Vabadussoja_Ajaloo_Komitee, lk 15
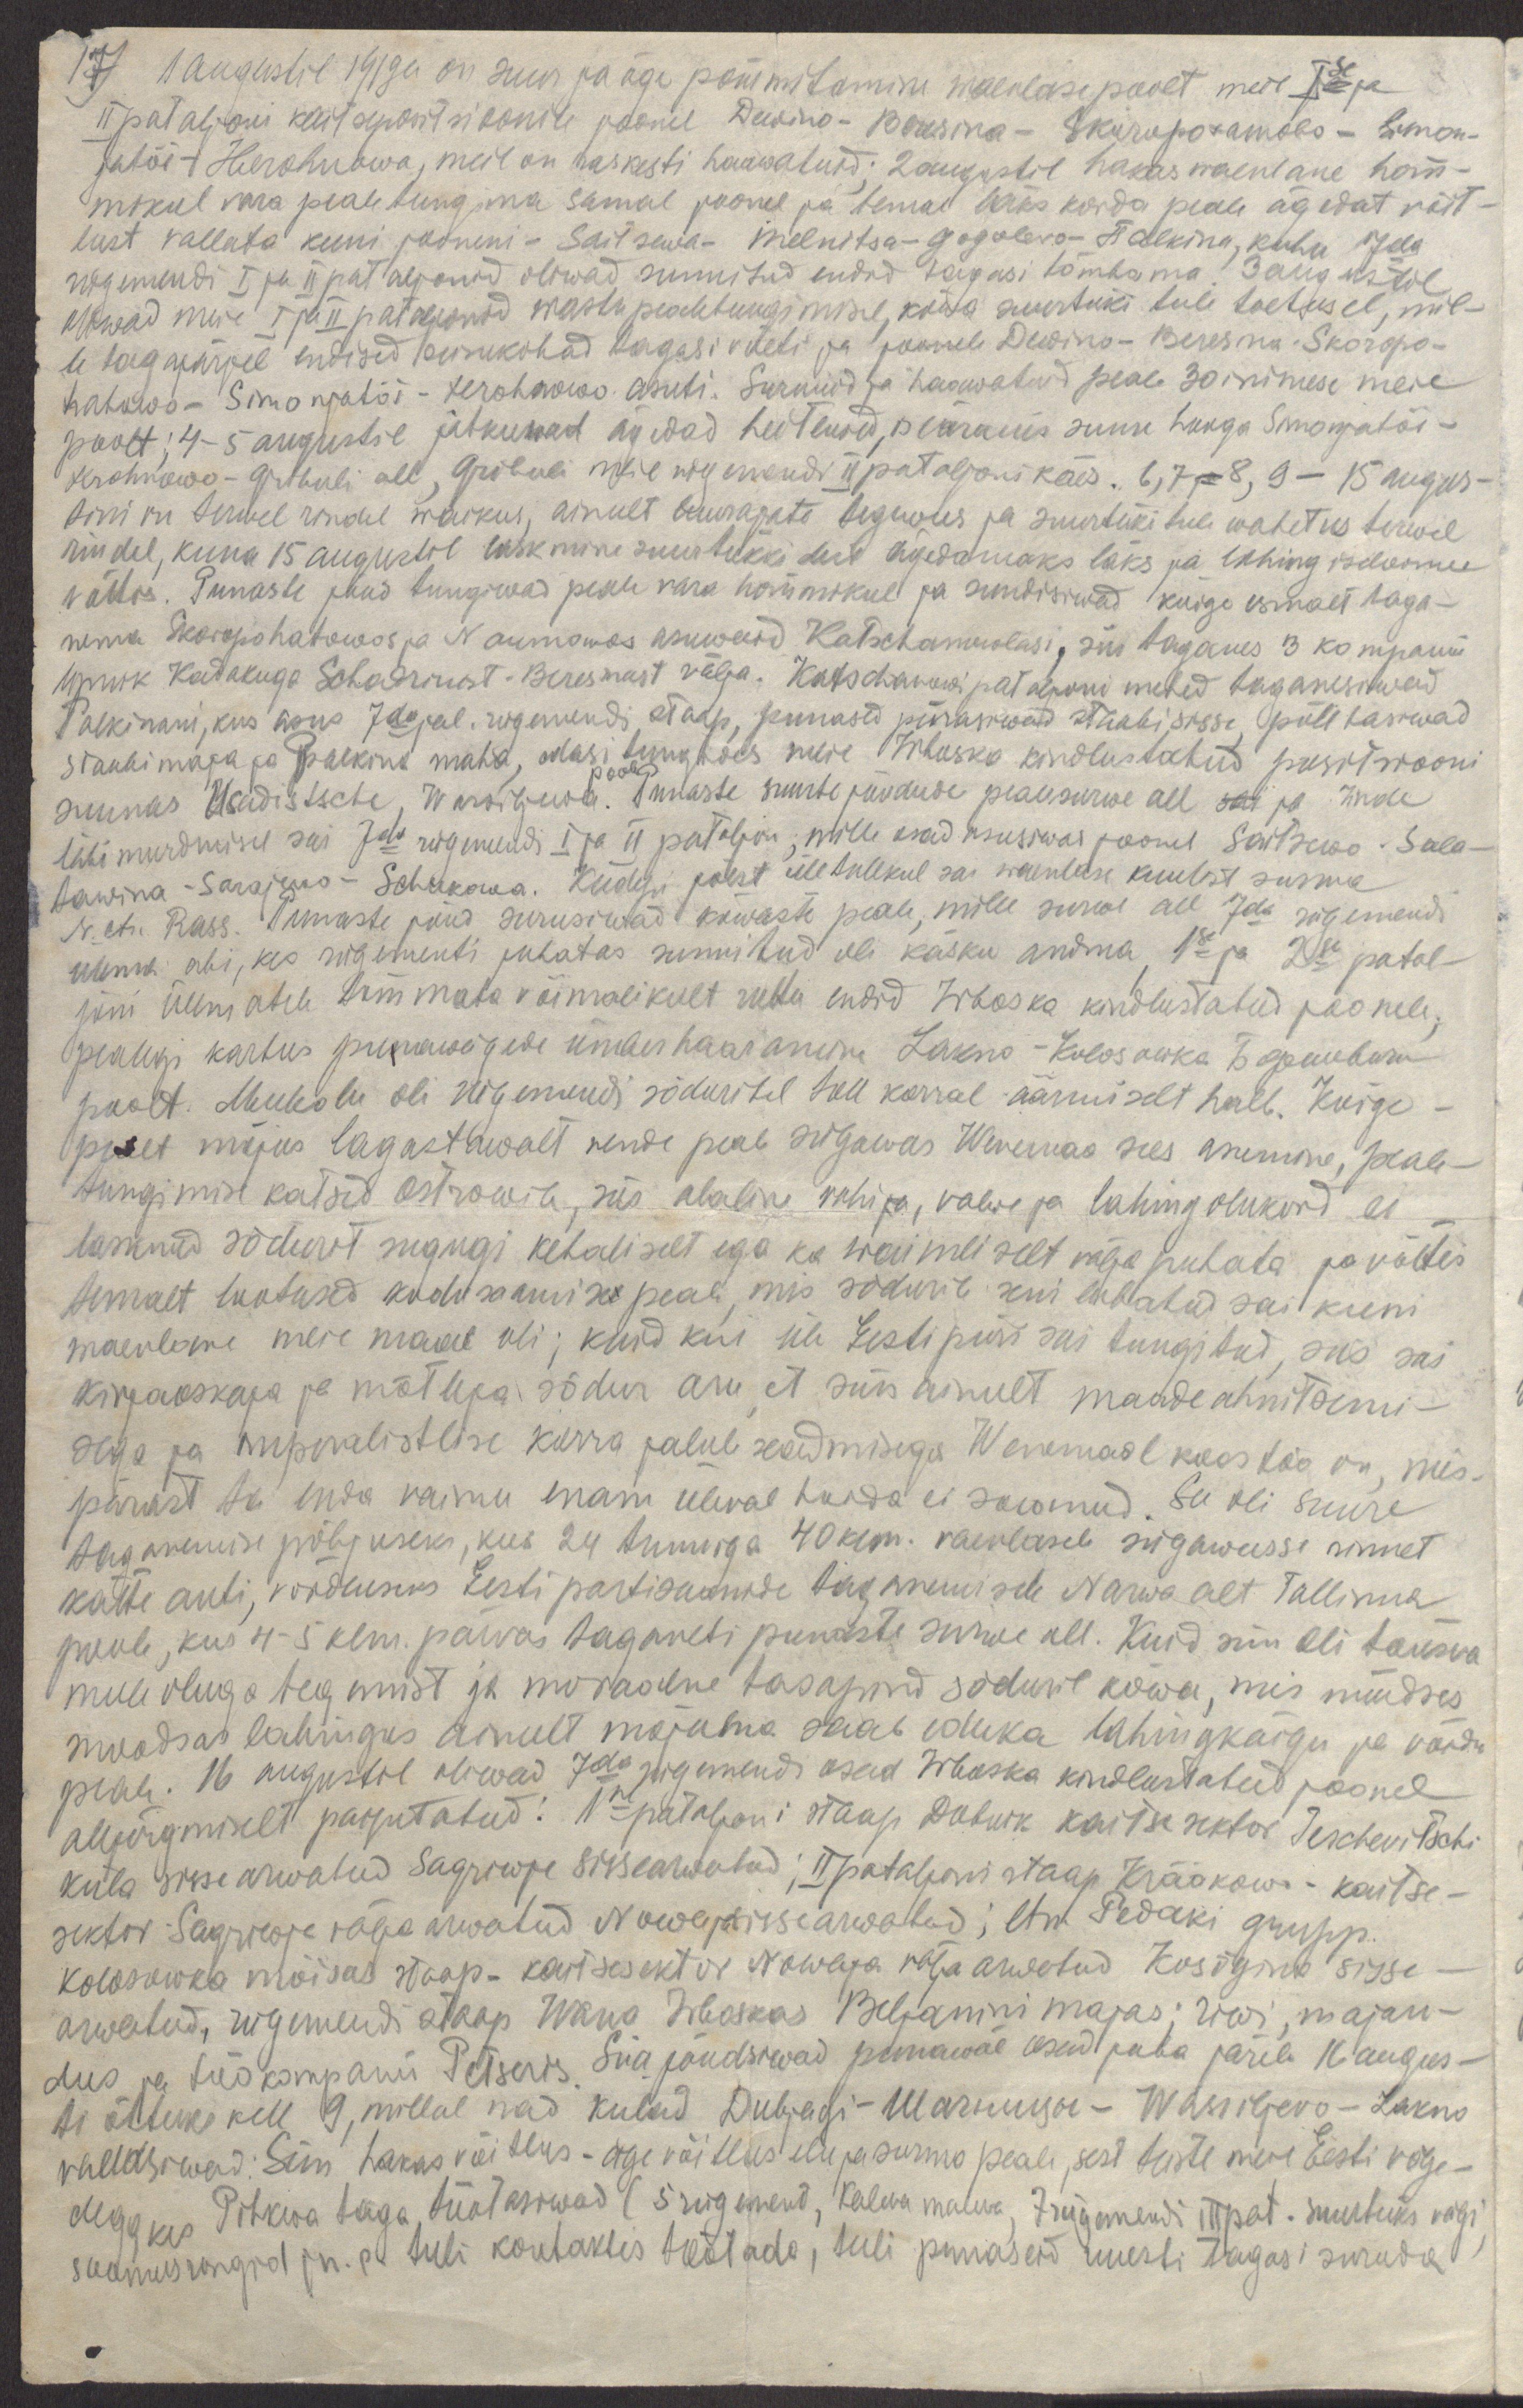
17)
1 augustil 1919a on suur ja äge pommitamine waenlase poolt meie Ise ja
II pataljoni kaitsepositsioonile joonel Dewino - Beresina - Skuropoтамово - Simon-
jatõi - Herohnowa, meil on raskesti haawatuid; 2 augustil hakas waenlane hom-
mikul vara pealetungima samal joonel ja temal läks korda peale ägedat võit-
lust vallata kuni jooneni - Saitsewa - Melnitsa - Gogoleva - Пalkina, kuhu 7da
rügemendi I ja II pataljonid oliwad sunnitud endid tagasi tõmbama. 3 augustil
oliwad meie I ja II pataljonid wastu pealetungimisel, kõwa suurtüki tule toetusel, mil-
le tagajärjel endised asukohad tagasi võeti ja joonele  Dewino - Beresina - Skoropo-
hatowo - Simonjatõi - Hrohnowo asuti. Surnuid ja haawatuid peale 30 inimese meie
poolt; 4-5 augustil jatkuwad ägedad heitlused, iseäranis suure hooga Simonjatõi -
Hrohnowo - Gribuli all, Gribuli meie rügemendi II pataljoni käes. 6,7 ja 8, 9 - 15 augus-
tini on terwel rindel waikus, ainult luurajate tegewus ja suurtükitule wahetus terwel
rindel, kuna 15 augustil laskmine suurtükkidest ägedamaks läks ja lahing iseloomu
võttis. Punaste jaod tungiwad peale vara hommikul ja sundisiwad kõige esmalt taga-
nema Skoropohatowos ja Naumowos asuwaid Katschanowlasi, siis taganes 3 kompanii
lipnik Kadakuga Schadrinost - Beresinast välja. Katschanowi pataljoni mehed taganesiwad
Palkinani, kus asus 7da jal. rügemendi staap, punased piirasiwad staabi sisse, põletasiwad
staabi maja ja Palkino maha, edasi tungides meie Irboska kindlustatud positsiooni
poole
suunas Usadistsche, Warsigowa. Punaste suurte jõudude pealesurwe all sai ja rinde
läbimurdmisel sai 7da rügemendi I ja II pataljon, mille osad asusiwad joonel Saitsewo - Sala-
tawina - Sarajewo  - Schukowa. Kudepi jõest ületulekul sai waenlase kuulist surma
N. ltn. Rass. Punaste jõud surusiwad kõwaste peale, mille surwe all 7da rügemendi
ülema abi, kes rügementi juhatas sunnitud oli käsku andma, 1se ja 2se patal-
joni ülematele tõmmata võimalikult ruttu endid Irboska kindlustatud joonele,
pealegi kartus punawägede ümberhaaramise Lakno - Kolosowka Боршевичи
poolt. Meeleolu oli rügemendi sõduritel toll korral äärmiselt halb. Kõige-
pealt mõjus lagastawalt nende peale sügawas Wenemaa sees asumine, peale-
tungimise katsed Ostrowile, siis alaline vahi ja, valwe ja lahingolukord ei
lasknud sõdurit sugugi kehaliselt ega ka waimliselt välja puhata ja võttis
temalt lootused kodusaamise peale, mis sõdurile seni lubatud sai kuni
waenlane meie maal oli; kuid kui üle Eesti piiri sai tungitud, siis sai
kirjaoskaja ja mõtleja sõdur aru, et siin ainult maadeahnitsemi-
sega ja imperalistlise korra jalule seadmisega Wenemaal koostöö on, mis-
pärast ta enda vaimu enam üleval hoida ei saanud. See oli suure
taganemise põhjuseks, kus 24 tunniga 40 klm. vaenlasele sügawusse rinnet
kätte anti, võrdluseks Eesti partisaanide taganemisele Narwa alt Tallinna
poole, kus 4-5 klm. päevas taganeti punaste surwe all. Kuid siin oli tõusva
meeleoluga tegemist ja moraalne tasapind sõduril kõwa, mis nüüdses
moodsas lahingus ainult mõjuma saab eduka lahingkäigu ja võidu
peale. 16 augustil oliwad 7da rügemendi osad Irboska kindlustatud joonel
alljärgmiselt paigutatud: 1ne pataljoni staap Dubnik kaitsesektor Teschevitschi
küla sissearwatud Sagriwje sissearwatud; II pataljoni staap Krääkowi - kaitse-
sektor Sagriwje välja arwatud Nowoja sissearwatud; ltn. Pedaki grupp
Kolosowka mõisas staap - kaitsesektor Nowaja väljaarwatud Kosõgina sisse-
arwatud, rügemendi staap Wana Irboskas Beljanini majas; riwi, majan-
dus ja töökompanii Petseris. Siia jõudsiwad punawäe osad juba järele 16 augus-
ti õhtuks kell 9, millal nad kulad Dubjagi - Шачницы - Wassiljevo - Lakno
vallasiwad. Siin hakas võitlus - äge võitlus elu ja surma peale, sest teiste meie Eesti väge-
dega, kes Pihkwa taga töötasiwad (5 rügement,Kaleva maleva, 7 rügemendi III pat. suurtüki vägi,
soomusrongid jn. e. tuli kontaktis töötada, tuli punaseid uuesti tagasi suruda